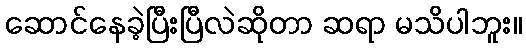
ဆောင်နေခဲ့ပြီးပြီလဲဆိုတာ ဆရာ မသိပါဘူး။